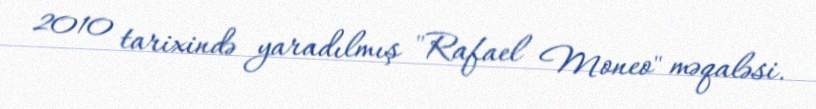
2010 tarixində yaradılmış "Rafael Moneo" məqaləsi.